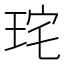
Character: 𭹋